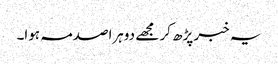
یہ خبر پڑھ کر مجھے دوہراصدمہ ہوا۔